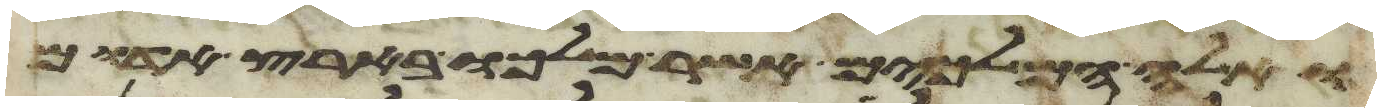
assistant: ואלה המלכים אשר מלכו בארץ אדום